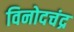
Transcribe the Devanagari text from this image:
विनोदचंद्र